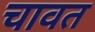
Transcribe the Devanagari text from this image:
चावत